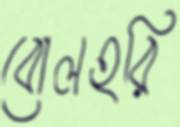
বোলহরি